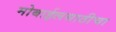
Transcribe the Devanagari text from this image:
मोबाईलसाठीचा